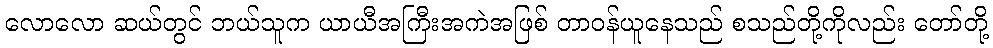
လောလော ဆယ်တွင် ဘယ်သူက ယာယီအကြီးအကဲအဖြစ် တာဝန်ယူနေသည် စသည်တို့ကိုလည်း တော်တို့